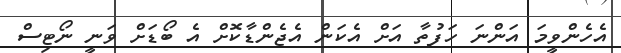
އެހެންވީމަ އަންނަ ހަފުތާ އަށް އެކަން އެޖެންޑާކޮށް އެ ބޯޑަށް ވަނީ ނޯޓިސް